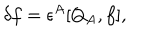
\delta f = \epsilon ^ { A } [ Q _ { A } , f ] ,